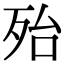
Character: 殆